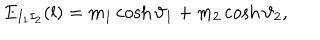
LaTeX: E _ { I _ { 1 } I _ { 2 } } ( l ) = m _ { 1 } \cosh \vartheta _ { 1 } + m _ { 2 } \cosh \vartheta _ { 2 } ,